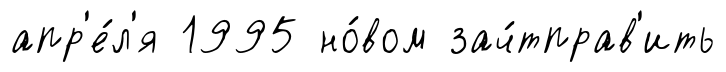
апр'е́л'я 1995 но́вом зач́тправ'ить